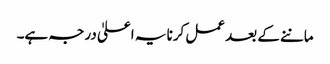
ماننے کے بعد عمل کرنا یہ اعلیٰ درجہ ہے۔